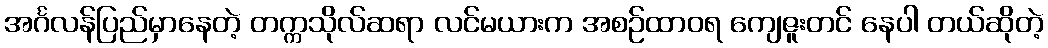
အင်္ဂလန်ပြည်မှာနေတဲ့ တက္ကသိုလ်ဆရာ လင်မယားက အစဉ်ထာဝရ ကျေဇူးတင် နေပါ တယ်ဆိုတဲ့